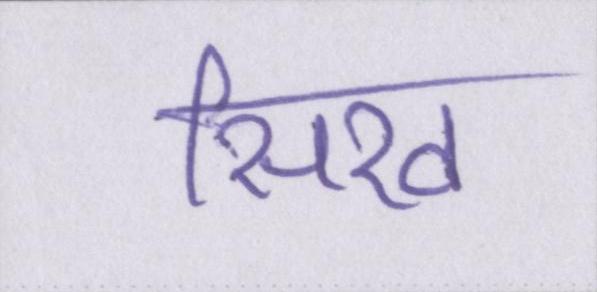
सिख